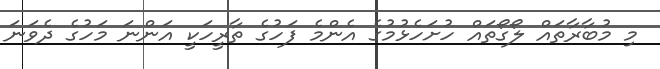
މި މުބާރާތައް ލޯގޯތައް ހުށަހެޅުމުގެ އެންމެ ފަހުގެ ތާރީހަކީ އަންނަ މަހުގެ ދެވަނަ